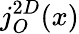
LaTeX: j_{O}^{2D}(x)